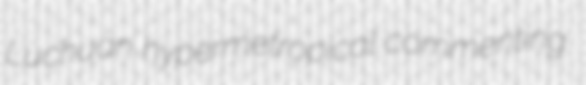
Luchuan hypermetropical commenting